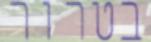
בטרור